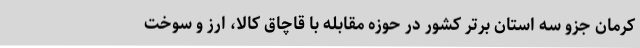
کرمان جزو سه استان برتر کشور در حوزه مقابله با قاچاق کالا، ارز و سوخت